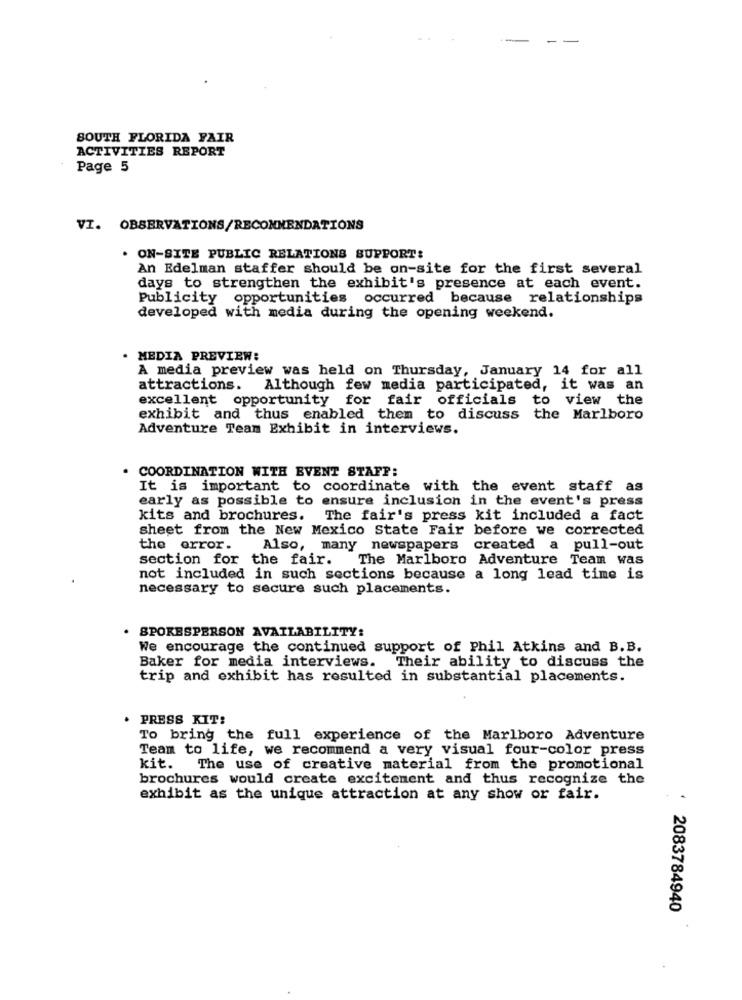
SOUTH FLORIDA FAIR
ACTIVITIES REPORT
Page 5
VI. OBSERVATIONS/RECOMMENDATIONS
. ON-SITE PUBLIC RELATIONS SUPPORT:
An Edelman staffer should be on-site for the first several
days to strengthen the exhibit's presence at each event.
Publicity opportunities occurred because relationships
developed with media during the opening weekend.
. MEDIA PREVIEW:
A media preview was held on Thursday, January 14 for all
attractions. Although few media participated, it was an
excellent opportunity for fair officials to view the
exhibit and thus enabled them to discuss the Marlboro
Adventure Team Exhibit in interviews.
COORDINATION WITH EVENT STAFF:
It is important to coordinate with the event staff as
early as possible to ensure inclusion in the event's press
kits and brochures. The fair's press kit included a fact
sheet from the New Mexico State Fair before we corrected
the error.
Also, many newspapers created a pull-out
section for the fair.
The Marlboro Adventure Team was
not included in such sections because a long lead time is
necessary to secure such placements.
. SPOKESPERSON AVAILABILITY:
We encourage the continued support of Phil Atkins and B. B.
Baker for media interviews. Their ability to discuss the
trip and exhibit has resulted in substantial placements.
. PRESS KIT:
To bring the full experience of the Marlboro Adventure
Team to life, we recommend a very visual four-color press
kit.
The use of creative material from the promotional
brochures would create excitement and thus recognize the
exhibit as the unique attraction at any show or fair.
2083784940